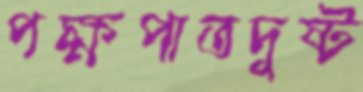
পক্ষপাতদুষ্ট